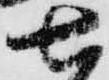
七